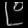
Digit: ၉